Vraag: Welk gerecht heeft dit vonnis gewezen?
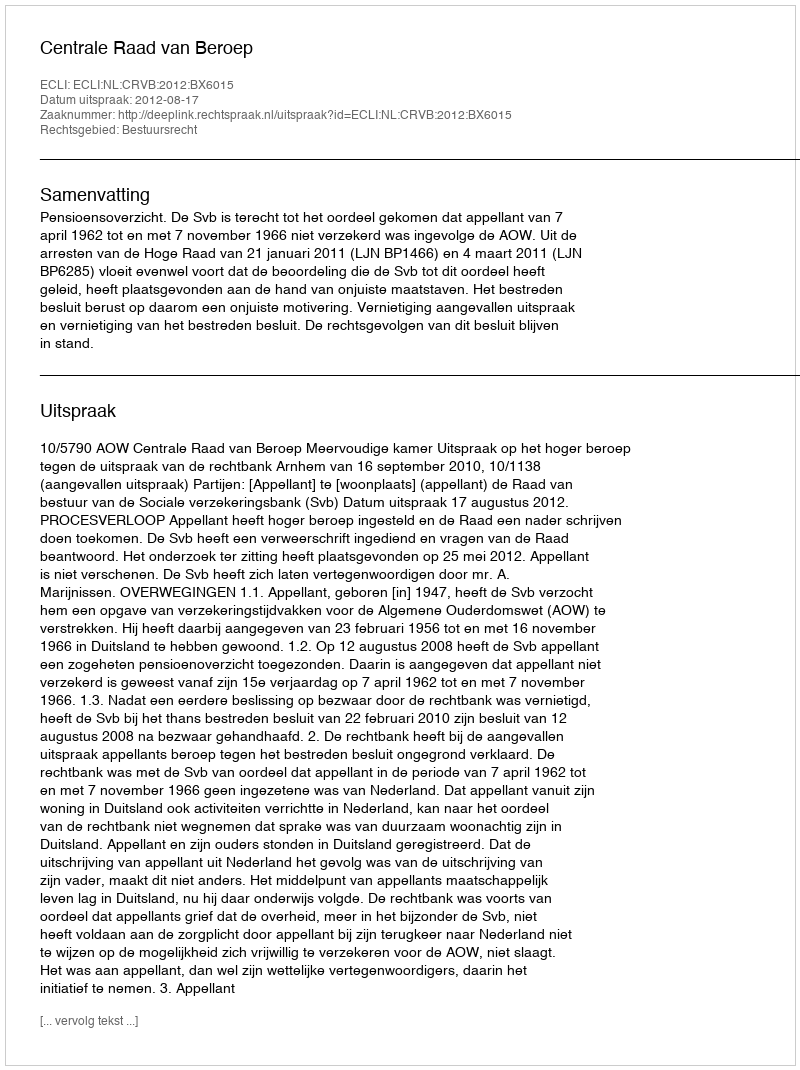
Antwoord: Centrale Raad van Beroep